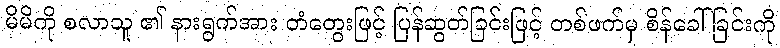
မိမိကို စလာသူ ၏ နားရွက်အား တံတွေးဖြင့် ပြန်ဆွတ်ခြင်းဖြင့် တစ်ဖက်မှ စိန်ခေါ်ခြင်းကို